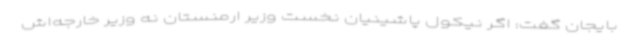
بایجان گفت: اگر نیکول پاشینیان نخست وزیر ارمنستان نه وزیر خارجه‌اش